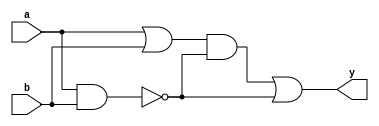
module project(y,a,b);
	input a,b;
	output y;
	
	wire [2:0] w;
	
	or or_1(w[0],a,b);
	nand nand_1(w[1],a,b);
	and and_1(w[2],w[0],w[1]);
	or or_2(y,w[2],w[1]);
	
endmodule